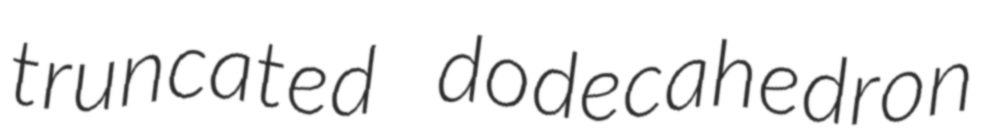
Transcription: truncated dodecahedron